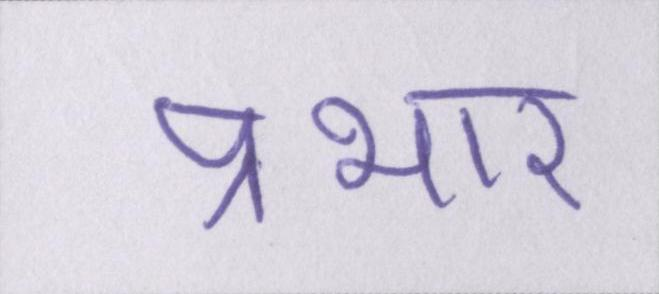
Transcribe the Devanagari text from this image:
प्रभार